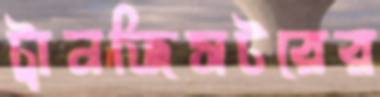
ট্রানজিসটরের